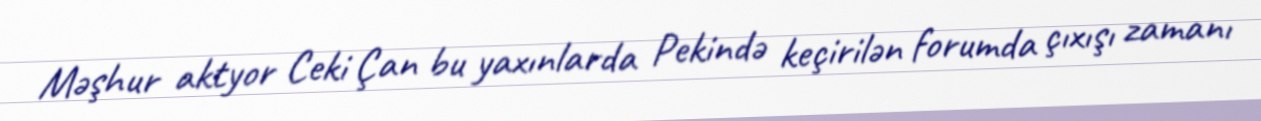
Məşhur aktyor Ceki Çan bu yaxınlarda Pekində keçirilən forumda çıxışı zamanı